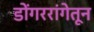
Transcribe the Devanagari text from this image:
डोंगररांगेतून